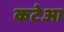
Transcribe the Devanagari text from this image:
कटेआ